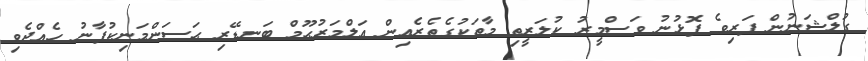
ގުލްޝަނުން ފަރިވެ ފޮޅުނު ވަސްމީރު ކުލަރީތި މާތަކުގެތެރެއިން އަލްމަރުޙޫމް ބަނޑޭރި ޙަސަންމަނިކުފާނު ހެއްދެވި